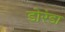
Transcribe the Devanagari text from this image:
डोरंडा